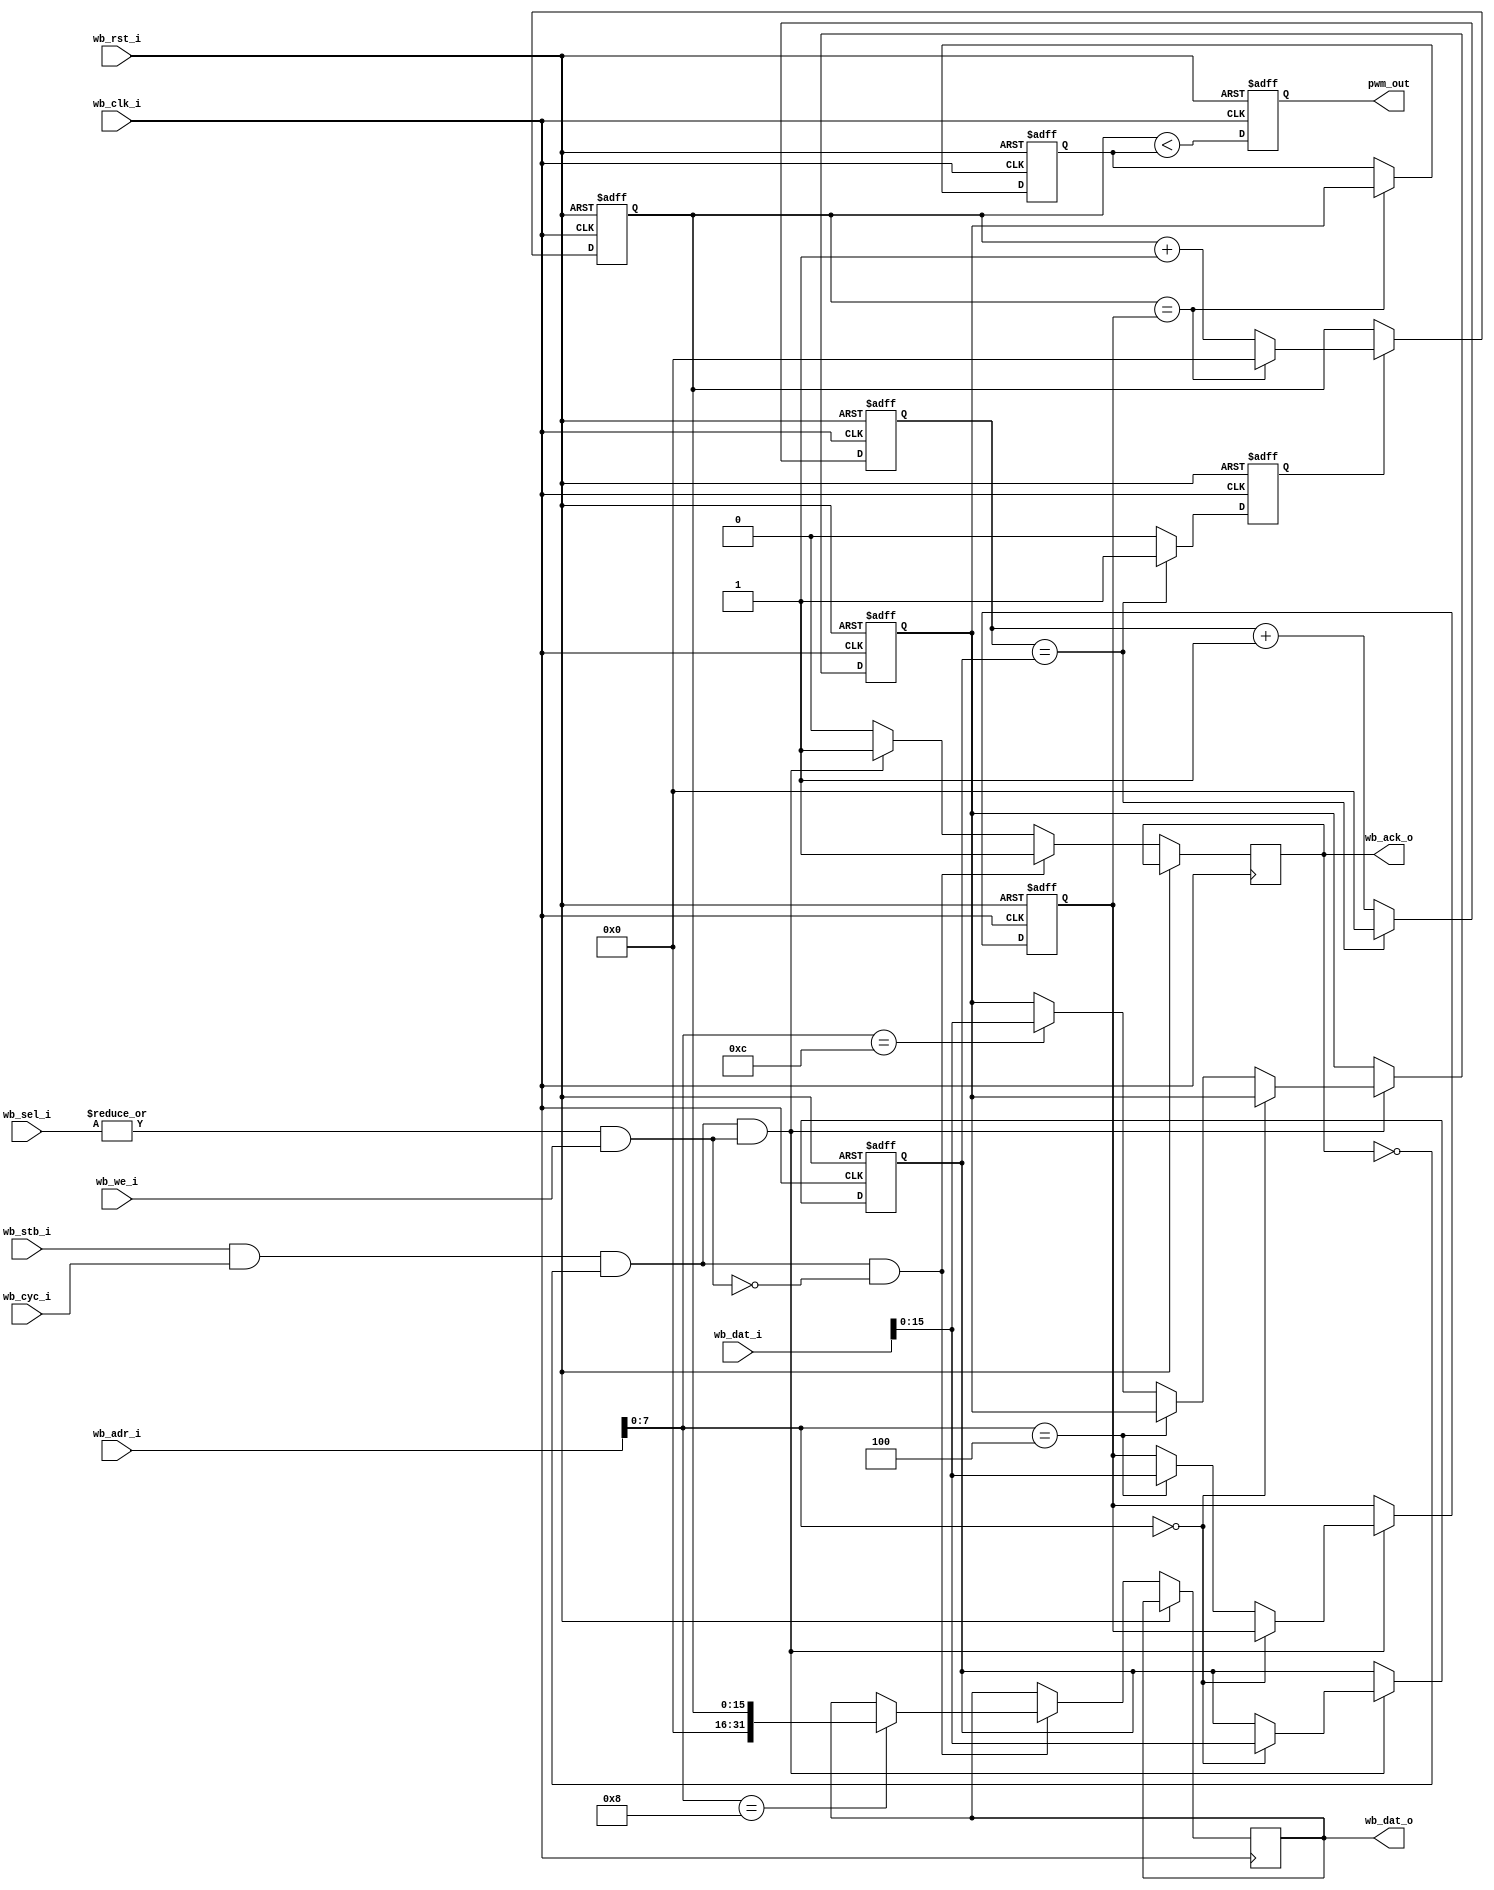
// PWM generator.
//
// SPDX-FileCopyrightText: 2021 Harrison Pham
//
// Licensed under the Apache License, Version 2.0 (the "License");
// you may not use this file except in compliance with the License.
// You may obtain a copy of the License at
//
//      http://www.apache.org/licenses/LICENSE-2.0
//
// Unless required by applicable law or agreed to in writing, software
// distributed under the License is distributed on an "AS IS" BASIS,
// WITHOUT WARRANTIES OR CONDITIONS OF ANY KIND, either express or implied.
// See the License for the specific language governing permissions and
// limitations under the License.
// SPDX-License-Identifier: Apache-2.0

module pwm_wb #(
  parameter DIV_BITS = 16,
  parameter CNT_BITS = 16
) (
  input wb_clk_i,
  input wb_rst_i,

  input wb_stb_i,
  input wb_cyc_i,
  input wb_we_i,
  input [3:0] wb_sel_i,
  input [31:0] wb_dat_i,
  input [31:0] wb_adr_i,

  output reg wb_ack_o,
  output reg [31:0] wb_dat_o,

  output reg pwm_out
);
  // CSR addresses.
  localparam DIV_ADDR     = 8'h00;
  localparam CNTMAX_ADDR  = 8'h04;
  localparam CNT_ADDR     = 8'h08;
  localparam CMP_ADDR     = 8'h0c;

  wire clk = wb_clk_i;
  wire resetb = ~wb_rst_i;

  wire slave_sel = (wb_stb_i && wb_cyc_i);
  wire slave_write_en = (|wb_sel_i && wb_we_i);

  wire div_sel = (wb_adr_i[7:0] == DIV_ADDR);
  wire cntmax_sel = (wb_adr_i[7:0] == CNTMAX_ADDR);
  wire cnt_sel = (wb_adr_i[7:0] == CNT_ADDR);
  wire cmp_sel = (wb_adr_i[7:0] == CMP_ADDR);

  // CSR regs.
  reg [DIV_BITS-1:0] div_reg;
  reg [CNT_BITS-1:0] cntmax_reg;
  reg [CNT_BITS-1:0] cmp_reg;

  // Captured regs.
  reg [CNT_BITS-1:0] cmp_captured;

  // Counters.
  reg [DIV_BITS-1:0] div_cnt;
  reg [CNT_BITS-1:0] cnt_cnt;

  // CSRs.
  always @(posedge clk or negedge resetb) begin
    if (!resetb) begin
      div_reg <= {DIV_BITS{1'b0}};
      cntmax_reg <= {CNT_BITS{1'b0}};
      cmp_reg <= {CNT_BITS{1'b0}};
    end else begin
      wb_ack_o <= 1'b0;
      if (slave_sel && !wb_ack_o && slave_write_en) begin
        wb_ack_o <= 1'b1;
        if (div_sel) begin
          div_reg <= wb_dat_i[DIV_BITS-1:0];
        end else if (cntmax_sel) begin
          cntmax_reg <= wb_dat_i[CNT_BITS-1:0];
        end else if (cmp_sel) begin
          cmp_reg <= wb_dat_i[CNT_BITS-1:0];
        end
      end
      if (slave_sel && !wb_ack_o && !slave_write_en) begin
        wb_ack_o <= 1'b1;
        if (cnt_sel) begin
          wb_dat_o <= cnt_cnt;
        end
      end
    end
  end

  // DIV counter.
  reg div_match;
  always @(posedge clk or negedge resetb) begin
    if (!resetb) begin
      div_cnt <= {DIV_BITS{1'b0}};
      div_match <= 1'b0;
    end else begin
      if (div_cnt == div_reg) begin
        div_match <= 1'b1;
        div_cnt <= {DIV_BITS{1'b0}};
      end else begin
        div_match <= 1'b0;
        div_cnt <= div_cnt + 1'b1;
      end
    end
  end

  // CNT counter.
  always @(posedge clk or negedge resetb) begin
    if (!resetb) begin
      cnt_cnt <= {CNT_BITS{1'b0}};
    end else begin
      if (!div_match) begin
      end else if (cnt_cnt == cntmax_reg) begin
        cnt_cnt <= {CNT_BITS{1'b0}};
      end else begin
        cnt_cnt <= cnt_cnt + 1'b1;
      end
    end
  end

  // Capture new cmp value at end of cycle.
  always @(posedge clk or negedge resetb) begin
    if (!resetb) begin
      cmp_captured <= {CNT_BITS{1'b0}};
    end else begin
      if (cnt_cnt == cntmax_reg) begin
        cmp_captured <= cmp_reg;
      end
    end
  end

  // Compare.
  always @(posedge clk or negedge resetb) begin
    if (!resetb) begin
      pwm_out <= 1'b0;
    end else begin
      pwm_out <= cnt_cnt < cmp_captured;
    end
  end

endmodule // module pwm_wb